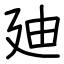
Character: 廸